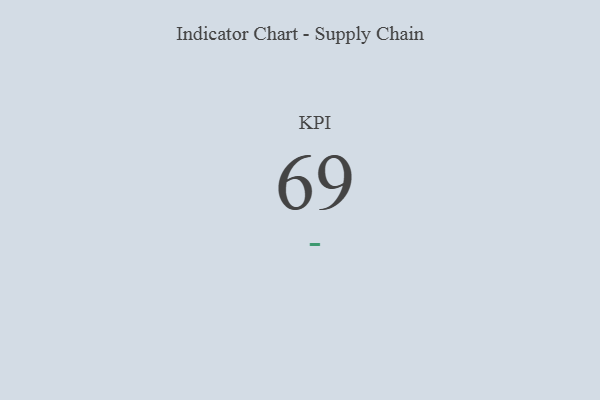
{"axis": {"x": "KPI", "y": "Value"}, "legend": [""], "data": [{"x": "KPI", "y": 69, "type": ""}]}